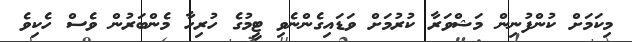
މިކަމަށް ކުންފުނިން މަޝްވަރާ ކުރުމަށް ވަޑައިގެންނެވި ޓީމުގެ ހުރިހާ މެންބަރުން ވެސް ހެކިވެ